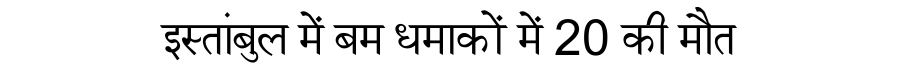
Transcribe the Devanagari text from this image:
इस्तांबुल में बम धमाकों में 20 की मौत